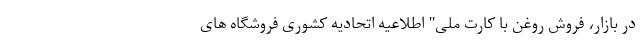
در بازار، فروش روغن با کارت ملی" اطلاعیه اتحادیه کشوری فروشگاه های